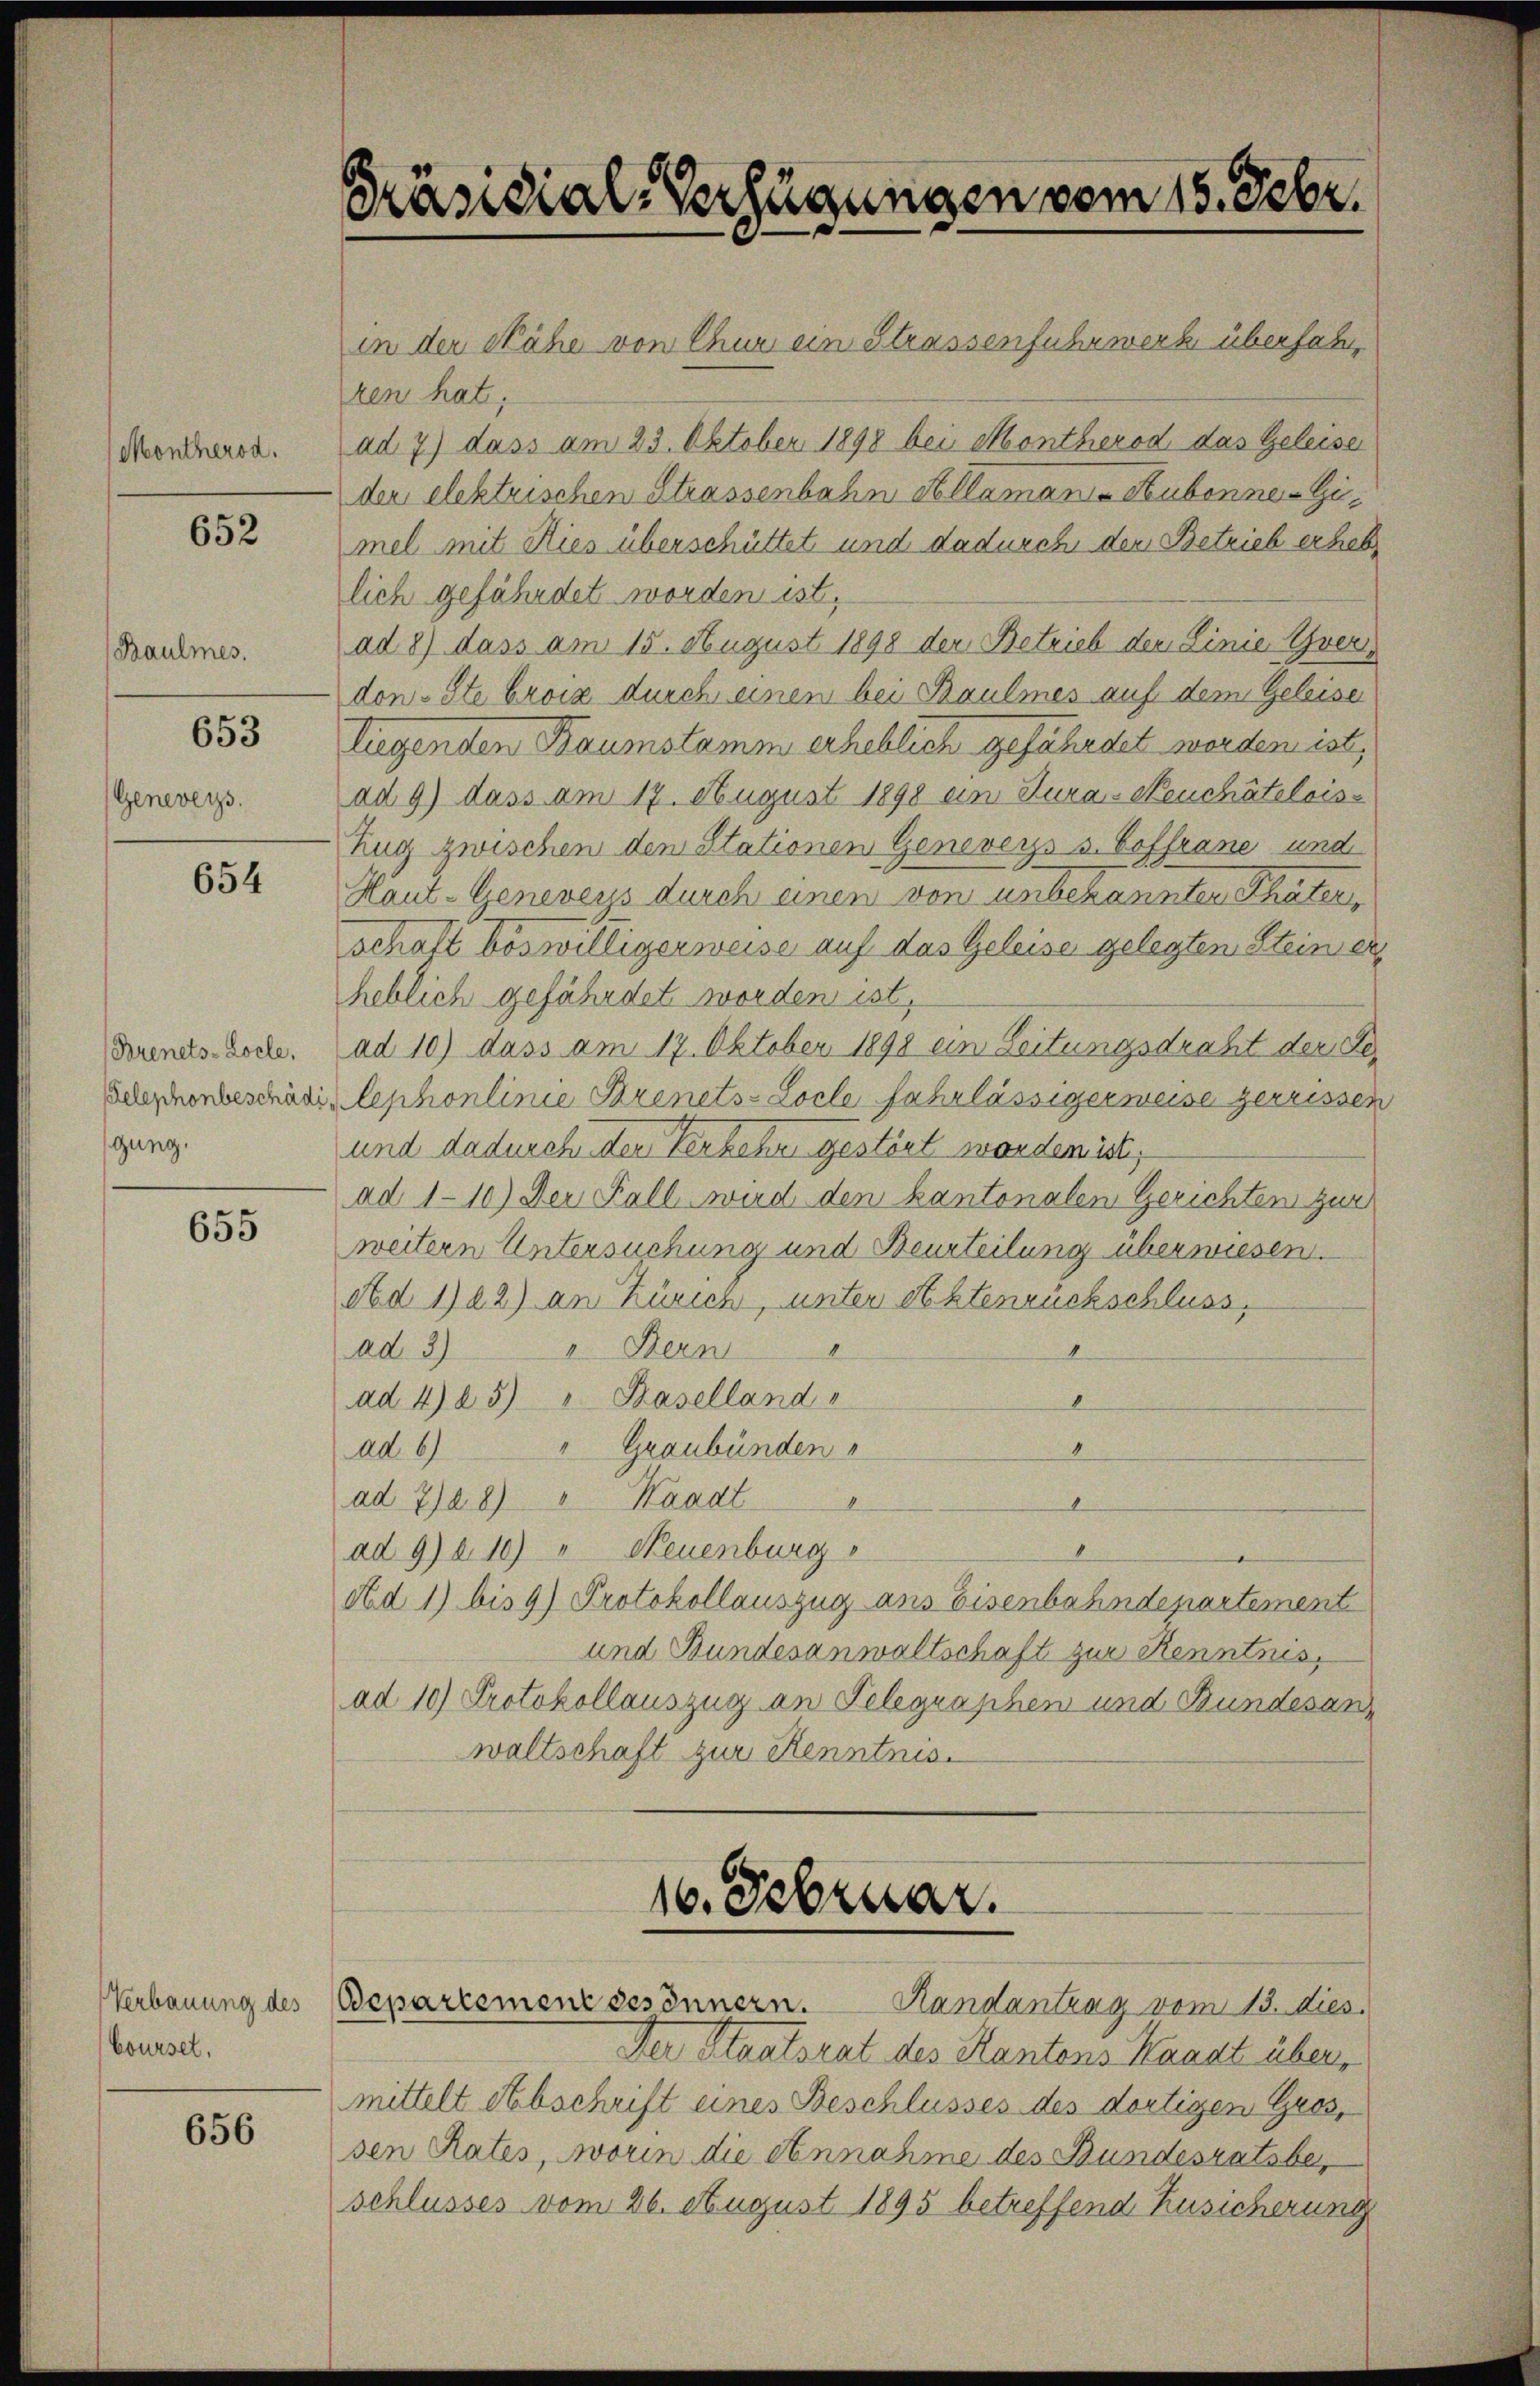
Montherod.

Geneveys.

652

Baulmes.

653

654

(Brenets-Locle.
Telephonbeschädi
gung.

655

Verbauung des
boursel,

656

Präsidial-Verfügungen vom 15. Febr.

in der Nähe von Chur ein Strassenfuhrwerk überfahren hat,
ad 7) dass am 23. Oktober 1898 bei Montherod das Geleiser
der elektrischen Strassenbahn Kollamani-Rubonne - Gemel mit Kies überschüttet und dadurch den Betrich erhebt
lich gefährdet worden ist.
ad 8) dass am 15. August 1898 der Betrieb der Linie verdon-Ste broiz durch einen bei Baulmes auf dem Geleiser
liegenden Baumstamm erheblich gefährdet werden ist,
ad 9) dass am 17. August 1898 ein Kura-Neuchâtelois
Zug zwischen den Stationen Genevers s. Soffrane und
Haut-Geneveus durch einen von unbekannten Thäter,
schaft böswilligerweise auf das Geleise gelegten Steiner
heblich gefährdet worden ist,
ad 10) dass am 17. Oktober 1898 ein Leitungsdraht der Gelephonlinie Strenets-Locle fahrlässigerweise zerrissen
und dadurch den Kerkehr gestört worden ist,
ad 110) Der Fall wird den kantonalen Gerichten zur
weitern Untersuchung und Beurteilung überwiesen.
etd 1) a2) an Zürich, unter Aktenrückschluss,
". Bern
4
ad 3)
ad 4) 25) " Haselland
" Graubünden
ad 6)
ad 728) " Waadt
1
ad 9) a. 10) " Neuenburg
Ad 1) bis 9) Protokollauszug aus Eisenbahndepartement
und Bundesanwaltschaft zur Kenntnis,
ad 10) Protokollauszug an Telegraphen und Bundesan
waltschaft zur Kenntnis.

16. Februar.
Bepartement besonnern. Handantrag vom 13. dies.

Der Staatsrat des Kantons Kaaat über,
mittelt Abschrift eines Beschlusses des dortigen Gros,
sen Rates, worin die Annahme des Bundesratsbeschlusses vom 26. August 1895 betreffend Zusicherung